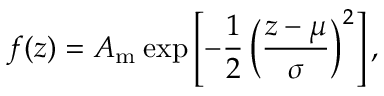
f ( z ) = A _ { \mathrm { m } } \: \mathrm { e x p } \left[ - \frac { 1 } { 2 } \left( \frac { z - \mu } { \sigma } \right) ^ { 2 } \right] ,